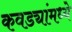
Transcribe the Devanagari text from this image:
कवड्यांमध्ये